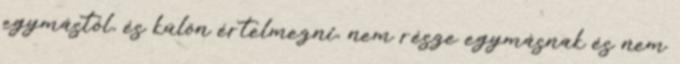
egymástól, és külön értelmezni, nem része egymásnak és nem